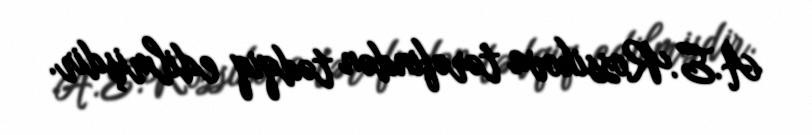
A.E.Rossikova tərəfindən tədqiq edilmişdir.